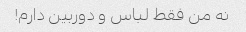
نه من فقط لباس و دوربین دارم!